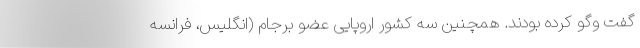
گفت وگو کرده بودند. همچنین سه کشور اروپایی عضو برجام (انگلیس، فرانسه